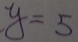
y = 5